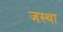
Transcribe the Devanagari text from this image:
जस्था